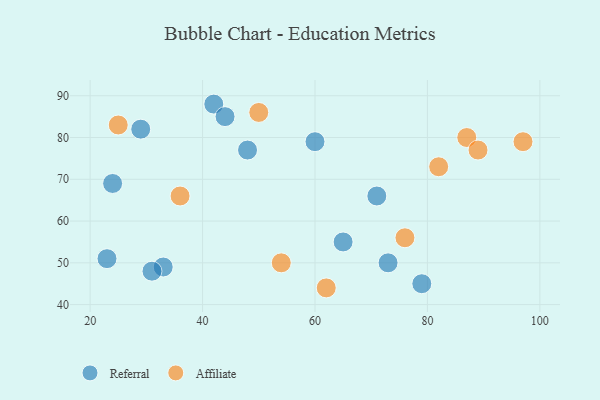
{"axis": {"x": "GDP", "y": "Life Expectancy"}, "legend": ["Affiliate", "Referral"], "data": [{"x": "60", "y": 79, "type": "Referral"}, {"x": "29", "y": 82, "type": "Referral"}, {"x": "48", "y": 77, "type": "Referral"}, {"x": "42", "y": 88, "type": "Referral"}, {"x": "33", "y": 49, "type": "Referral"}, {"x": "79", "y": 45, "type": "Referral"}, {"x": "24", "y": 69, "type": "Referral"}, {"x": "44", "y": 85, "type": "Referral"}, {"x": "73", "y": 50, "type": "Referral"}, {"x": "71", "y": 66, "type": "Referral"}, {"x": "23", "y": 51, "type": "Referral"}, {"x": "65", "y": 55, "type": "Referral"}, {"x": "31", "y": 48, "type": "Referral"}, {"x": "87", "y": 80, "type": "Affiliate"}, {"x": "36", "y": 66, "type": "Affiliate"}, {"x": "50", "y": 86, "type": "Affiliate"}, {"x": "97", "y": 79, "type": "Affiliate"}, {"x": "54", "y": 50, "type": "Affiliate"}, {"x": "25", "y": 83, "type": "Affiliate"}, {"x": "82", "y": 73, "type": "Affiliate"}, {"x": "89", "y": 77, "type": "Affiliate"}, {"x": "62", "y": 44, "type": "Affiliate"}, {"x": "76", "y": 56, "type": "Affiliate"}]}